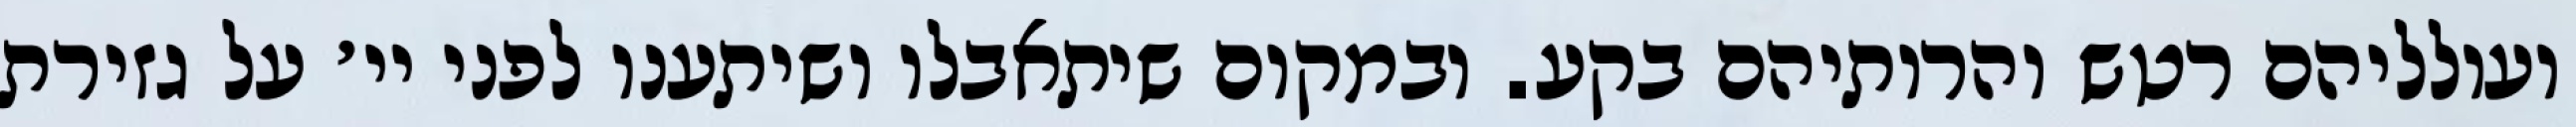
ועולליהם רטש והרותיהם בקע. ובמקום שיתאבלו ושיתענו לפני יי׳ על גזירת